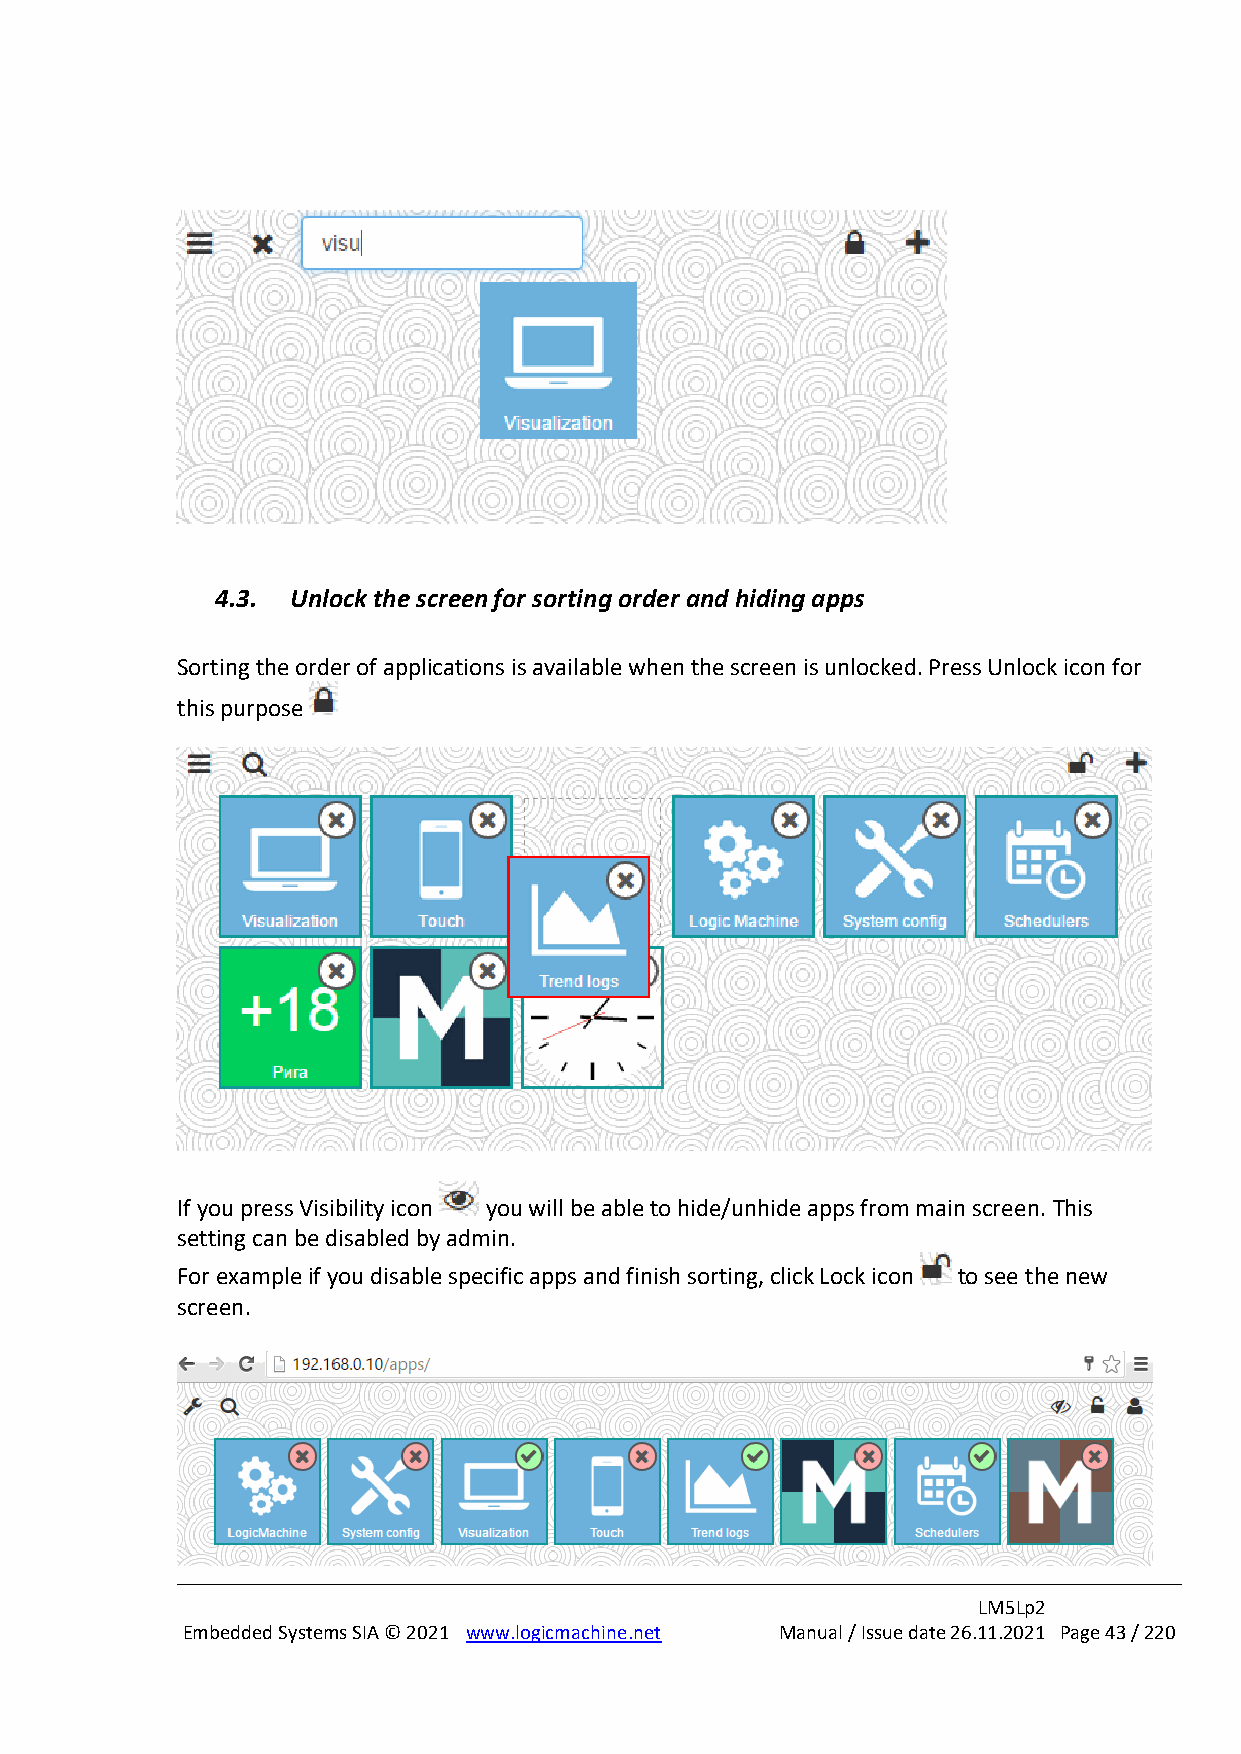
4.3. Unlock the screen for sorting order and hiding apps
 Sorting the order of applications is available when the screen is unlocked. Press Unlock icon for
 this purpose
 If you press Visibility icon you will be able to hide/unhide apps from main screen. This
 setting can be disabled by admin.
 For example if you disable specific apps and finish sorting, click Lock icon to see the new
 screen.
 LM5Lp2
 Embedded Systems SIA © 2021 www.logicmachine.net Manual / Issue date 26.11.2021 Page 43 / 220